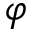
\varphi